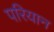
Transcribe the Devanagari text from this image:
परियान